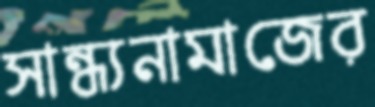
সান্ধ্যনামাজের